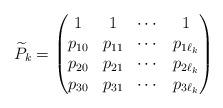
LaTeX: \begin{align*}\widetilde{P}_k=\begin{pmatrix}1&1&\cdots &1 \\p_{10}&p_{11}& \cdots &p_{1\ell_k} \\p_{20}&p_{21}& \cdots &p_{2\ell_k} \\p_{30}&p_{31}& \cdots &p_{3\ell_k} \end{pmatrix}\end{align*}